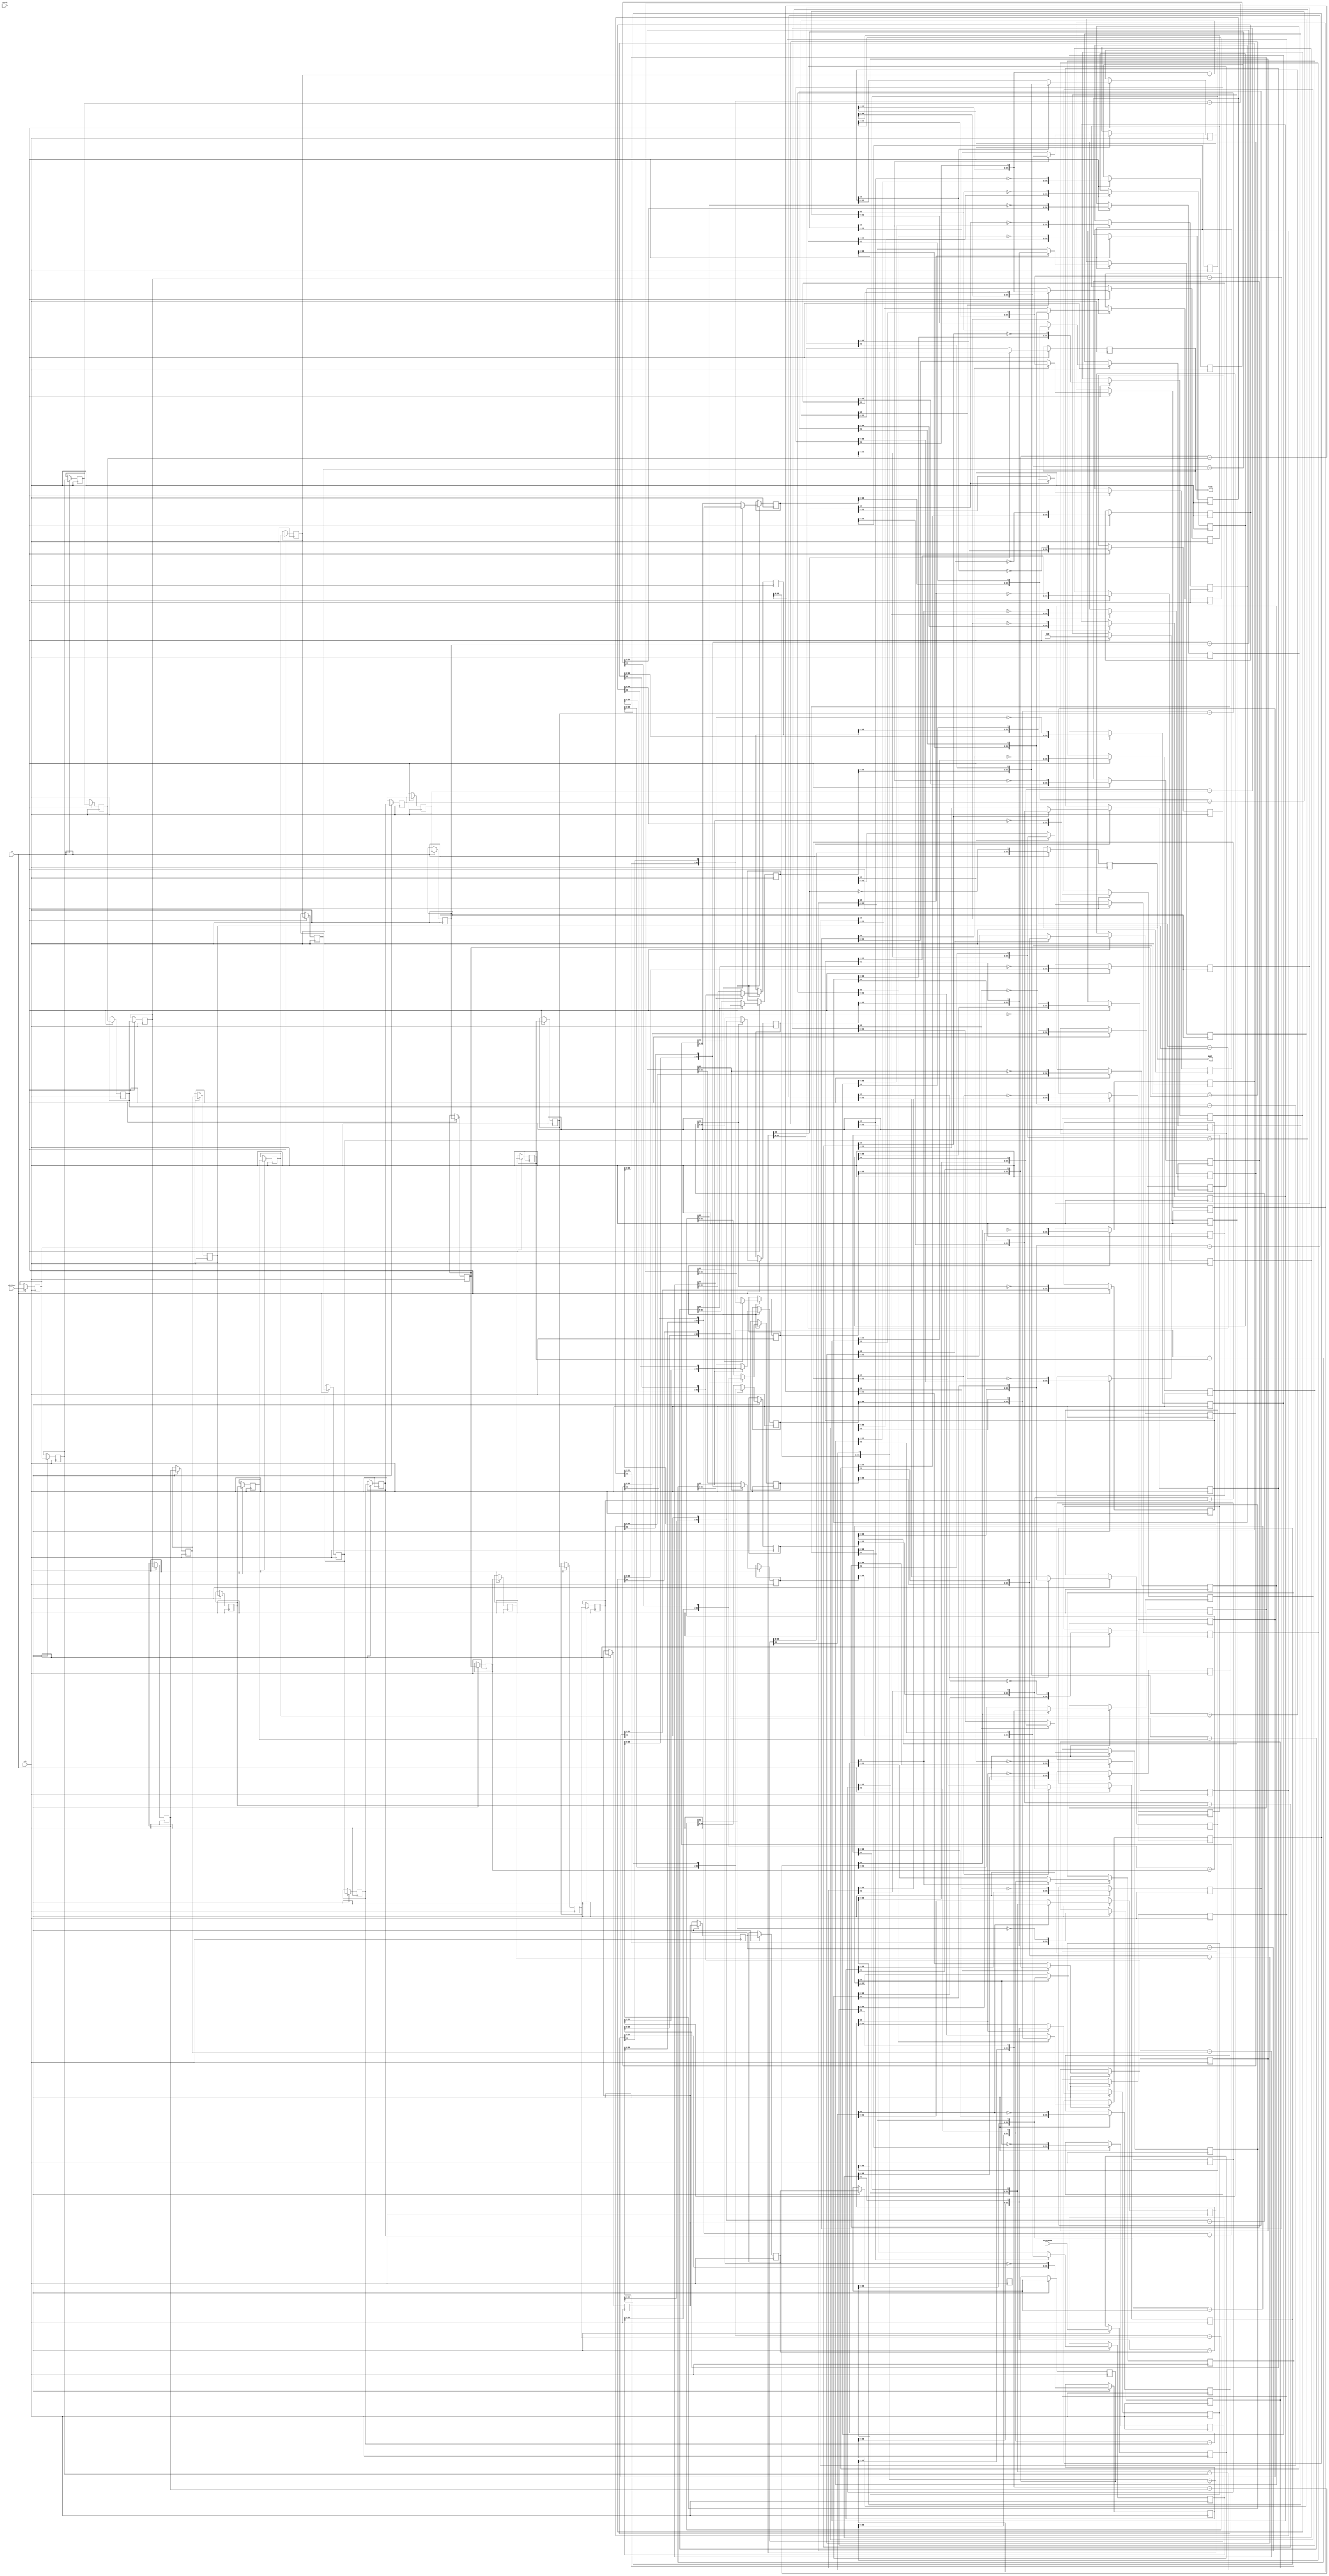
// ==============================================================
// File generated by Vivado(TM) HLS - High-Level Synthesis from C, C++ and SystemC
// Version: 2017.4.op
// Copyright (C) 1986-2018 Xilinx, Inc. All Rights Reserved.
// 
// ==============================================================

`timescale 1 ns / 1 ps

module app_equalizer_udiv_22ns_17s_16_26_1_div_u
#(parameter
    in0_WIDTH = 32,
    in1_WIDTH = 32,
    out_WIDTH = 32
)
(
    input                       clk,
    input                       reset,
    input                       ce,
    input       [in0_WIDTH-1:0] dividend,
    input       [in1_WIDTH-1:0] divisor,
    output wire [out_WIDTH-1:0] quot,
    output wire [out_WIDTH-1:0] remd
);

localparam cal_WIDTH = (in0_WIDTH > in1_WIDTH)? in0_WIDTH : in1_WIDTH;

//------------------------Local signal-------------------
reg  [in0_WIDTH-1:0] dividend_tmp[0:in0_WIDTH];
reg  [in1_WIDTH-1:0] divisor_tmp[0:in0_WIDTH];
reg  [in0_WIDTH-1:0] remd_tmp[0:in0_WIDTH];
wire [in0_WIDTH-1:0] comb_tmp[0:in0_WIDTH-1];
wire [cal_WIDTH:0]   cal_tmp[0:in0_WIDTH-1];
//------------------------Body---------------------------
assign  quot    = dividend_tmp[in0_WIDTH];
assign  remd    = remd_tmp[in0_WIDTH];

// dividend_tmp[0], divisor_tmp[0], remd_tmp[0]
always @(posedge clk)
begin
    if (ce) begin
        dividend_tmp[0] <= dividend;
        divisor_tmp[0]  <= divisor;
        remd_tmp[0]     <= 1'b0;
    end
end

genvar i;
generate 
    for (i = 0; i < in0_WIDTH; i = i + 1)
    begin : loop
        if (in0_WIDTH == 1) assign  comb_tmp[i]     = dividend_tmp[i][0];
        else                assign  comb_tmp[i]     = {remd_tmp[i][in0_WIDTH-2:0], dividend_tmp[i][in0_WIDTH-1]};
        assign  cal_tmp[i]      = {1'b0, comb_tmp[i]} - {1'b0, divisor_tmp[i]};

        always @(posedge clk)
        begin
            if (ce) begin
                if (in0_WIDTH == 1) dividend_tmp[i+1] <= ~cal_tmp[i][cal_WIDTH];
                else                dividend_tmp[i+1] <= {dividend_tmp[i][in0_WIDTH-2:0], ~cal_tmp[i][cal_WIDTH]};
                divisor_tmp[i+1]  <= divisor_tmp[i];
                remd_tmp[i+1]     <= cal_tmp[i][cal_WIDTH]? comb_tmp[i] : cal_tmp[i][in0_WIDTH-1:0];
            end
        end
    end
endgenerate

endmodule

module app_equalizer_udiv_22ns_17s_16_26_1_div
#(parameter
        in0_WIDTH   = 32,
        in1_WIDTH   = 32,
        out_WIDTH   = 32
)
(
        input                           clk,
        input                           reset,
        input                           ce,
        input           [in0_WIDTH-1:0] dividend,
        input           [in1_WIDTH-1:0] divisor,
        output  reg     [out_WIDTH-1:0] quot,
        output  reg     [out_WIDTH-1:0] remd
);
//------------------------Local signal-------------------
reg     [in0_WIDTH-1:0] dividend0;
reg     [in1_WIDTH-1:0] divisor0;
wire    [in0_WIDTH-1:0] dividend_u;
wire    [in1_WIDTH-1:0] divisor_u;
wire    [out_WIDTH-1:0] quot_u;
wire    [out_WIDTH-1:0] remd_u;
//------------------------Instantiation------------------
app_equalizer_udiv_22ns_17s_16_26_1_div_u #(
    .in0_WIDTH      ( in0_WIDTH ),
    .in1_WIDTH      ( in1_WIDTH ),
    .out_WIDTH      ( out_WIDTH )
) app_equalizer_udiv_22ns_17s_16_26_1_div_u_0 (
    .clk      ( clk ),
    .reset    ( reset ),
    .ce       ( ce ),
    .dividend ( dividend_u ),
    .divisor  ( divisor_u ),
    .quot     ( quot_u ),
    .remd     ( remd_u )
);
//------------------------Body---------------------------
assign dividend_u = dividend0;
assign divisor_u = divisor0;

always @(posedge clk)
begin
    if (ce) begin
        dividend0 <= dividend;
        divisor0  <= divisor;
    end
end

always @(posedge clk)
begin
    if (ce) begin
        quot <= quot_u;
        remd <= remd_u;
    end
end

endmodule



`timescale 1 ns / 1 ps
module app_equalizer_udiv_22ns_17s_16_26_1(
    clk,
    reset,
    ce,
    din0,
    din1,
    dout);

parameter ID = 32'd1;
parameter NUM_STAGE = 32'd1;
parameter din0_WIDTH = 32'd1;
parameter din1_WIDTH = 32'd1;
parameter dout_WIDTH = 32'd1;
input clk;
input reset;
input ce;
input[din0_WIDTH - 1:0] din0;
input[din1_WIDTH - 1:0] din1;
output[dout_WIDTH - 1:0] dout;

wire[dout_WIDTH - 1:0] sig_remd;


app_equalizer_udiv_22ns_17s_16_26_1_div #(
.in0_WIDTH( din0_WIDTH ),
.in1_WIDTH( din1_WIDTH ),
.out_WIDTH( dout_WIDTH ))
app_equalizer_udiv_22ns_17s_16_26_1_div_U(
    .dividend( din0 ),
    .divisor( din1 ),
    .quot( dout ),
    .remd( sig_remd ),
    .clk( clk ),
    .ce( ce ),
    .reset( reset ));

endmodule